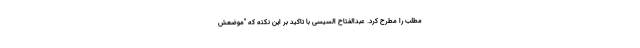
مطلب را مطرح کرد. عبدالفتاح السیسی با تاکید بر این نکته که "موضعش